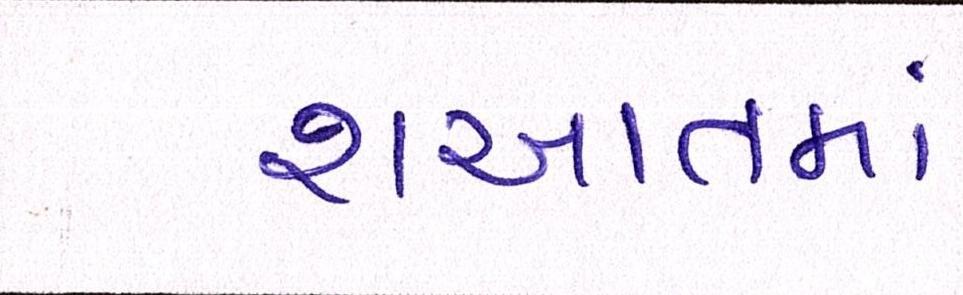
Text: શઆતમાં